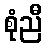
စုံညီ